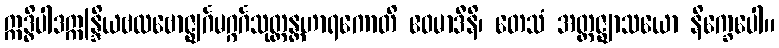
ဣဒ္ဓိပါဒဣန္ဒြိယဗလဗောဇ္ဈင်္ဂမဂ္ဂင်္ဂသုတ္တန္တဟာရကောတိ ဧဝမာဒီနိ၊ တေသံ အတ္တဇ္ဈာသယော နိက္ခေပေါ။